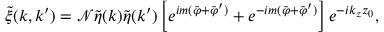
\tilde { \xi } ( \boldsymbol { k } , \boldsymbol { k } ^ { \prime } ) = \mathcal { N } \tilde { \eta } ( \boldsymbol { k } ) \tilde { \eta } ( \boldsymbol { k } ^ { \prime } ) \left[ e ^ { i m ( \tilde { \varphi } + \tilde { \varphi } ^ { \prime } ) } + e ^ { - i m ( \tilde { \varphi } + \tilde { \varphi } ^ { \prime } ) } \right] e ^ { - i k _ { z } z _ { 0 } } ,